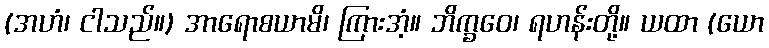
(အဟံ၊ ငါသည်။) အာရောစယာမိ၊ ကြားအံ့။ ဘိက္ခဝေ၊ ရဟန်းတို့။ ယထာ (ယော